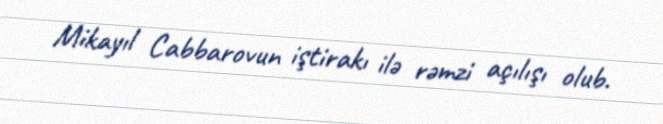
Mikayıl Cabbarovun iştirakı ilə rəmzi açılışı olub.